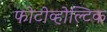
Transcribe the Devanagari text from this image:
फोटोव्होल्टिक